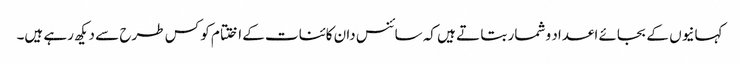
کہانیوں کے بجائے اعداد و شمار بتا تے ہیں کہ سائنس دان کائنات کے اختتام کو کس طرح سے دیکھ رہے ہیں۔